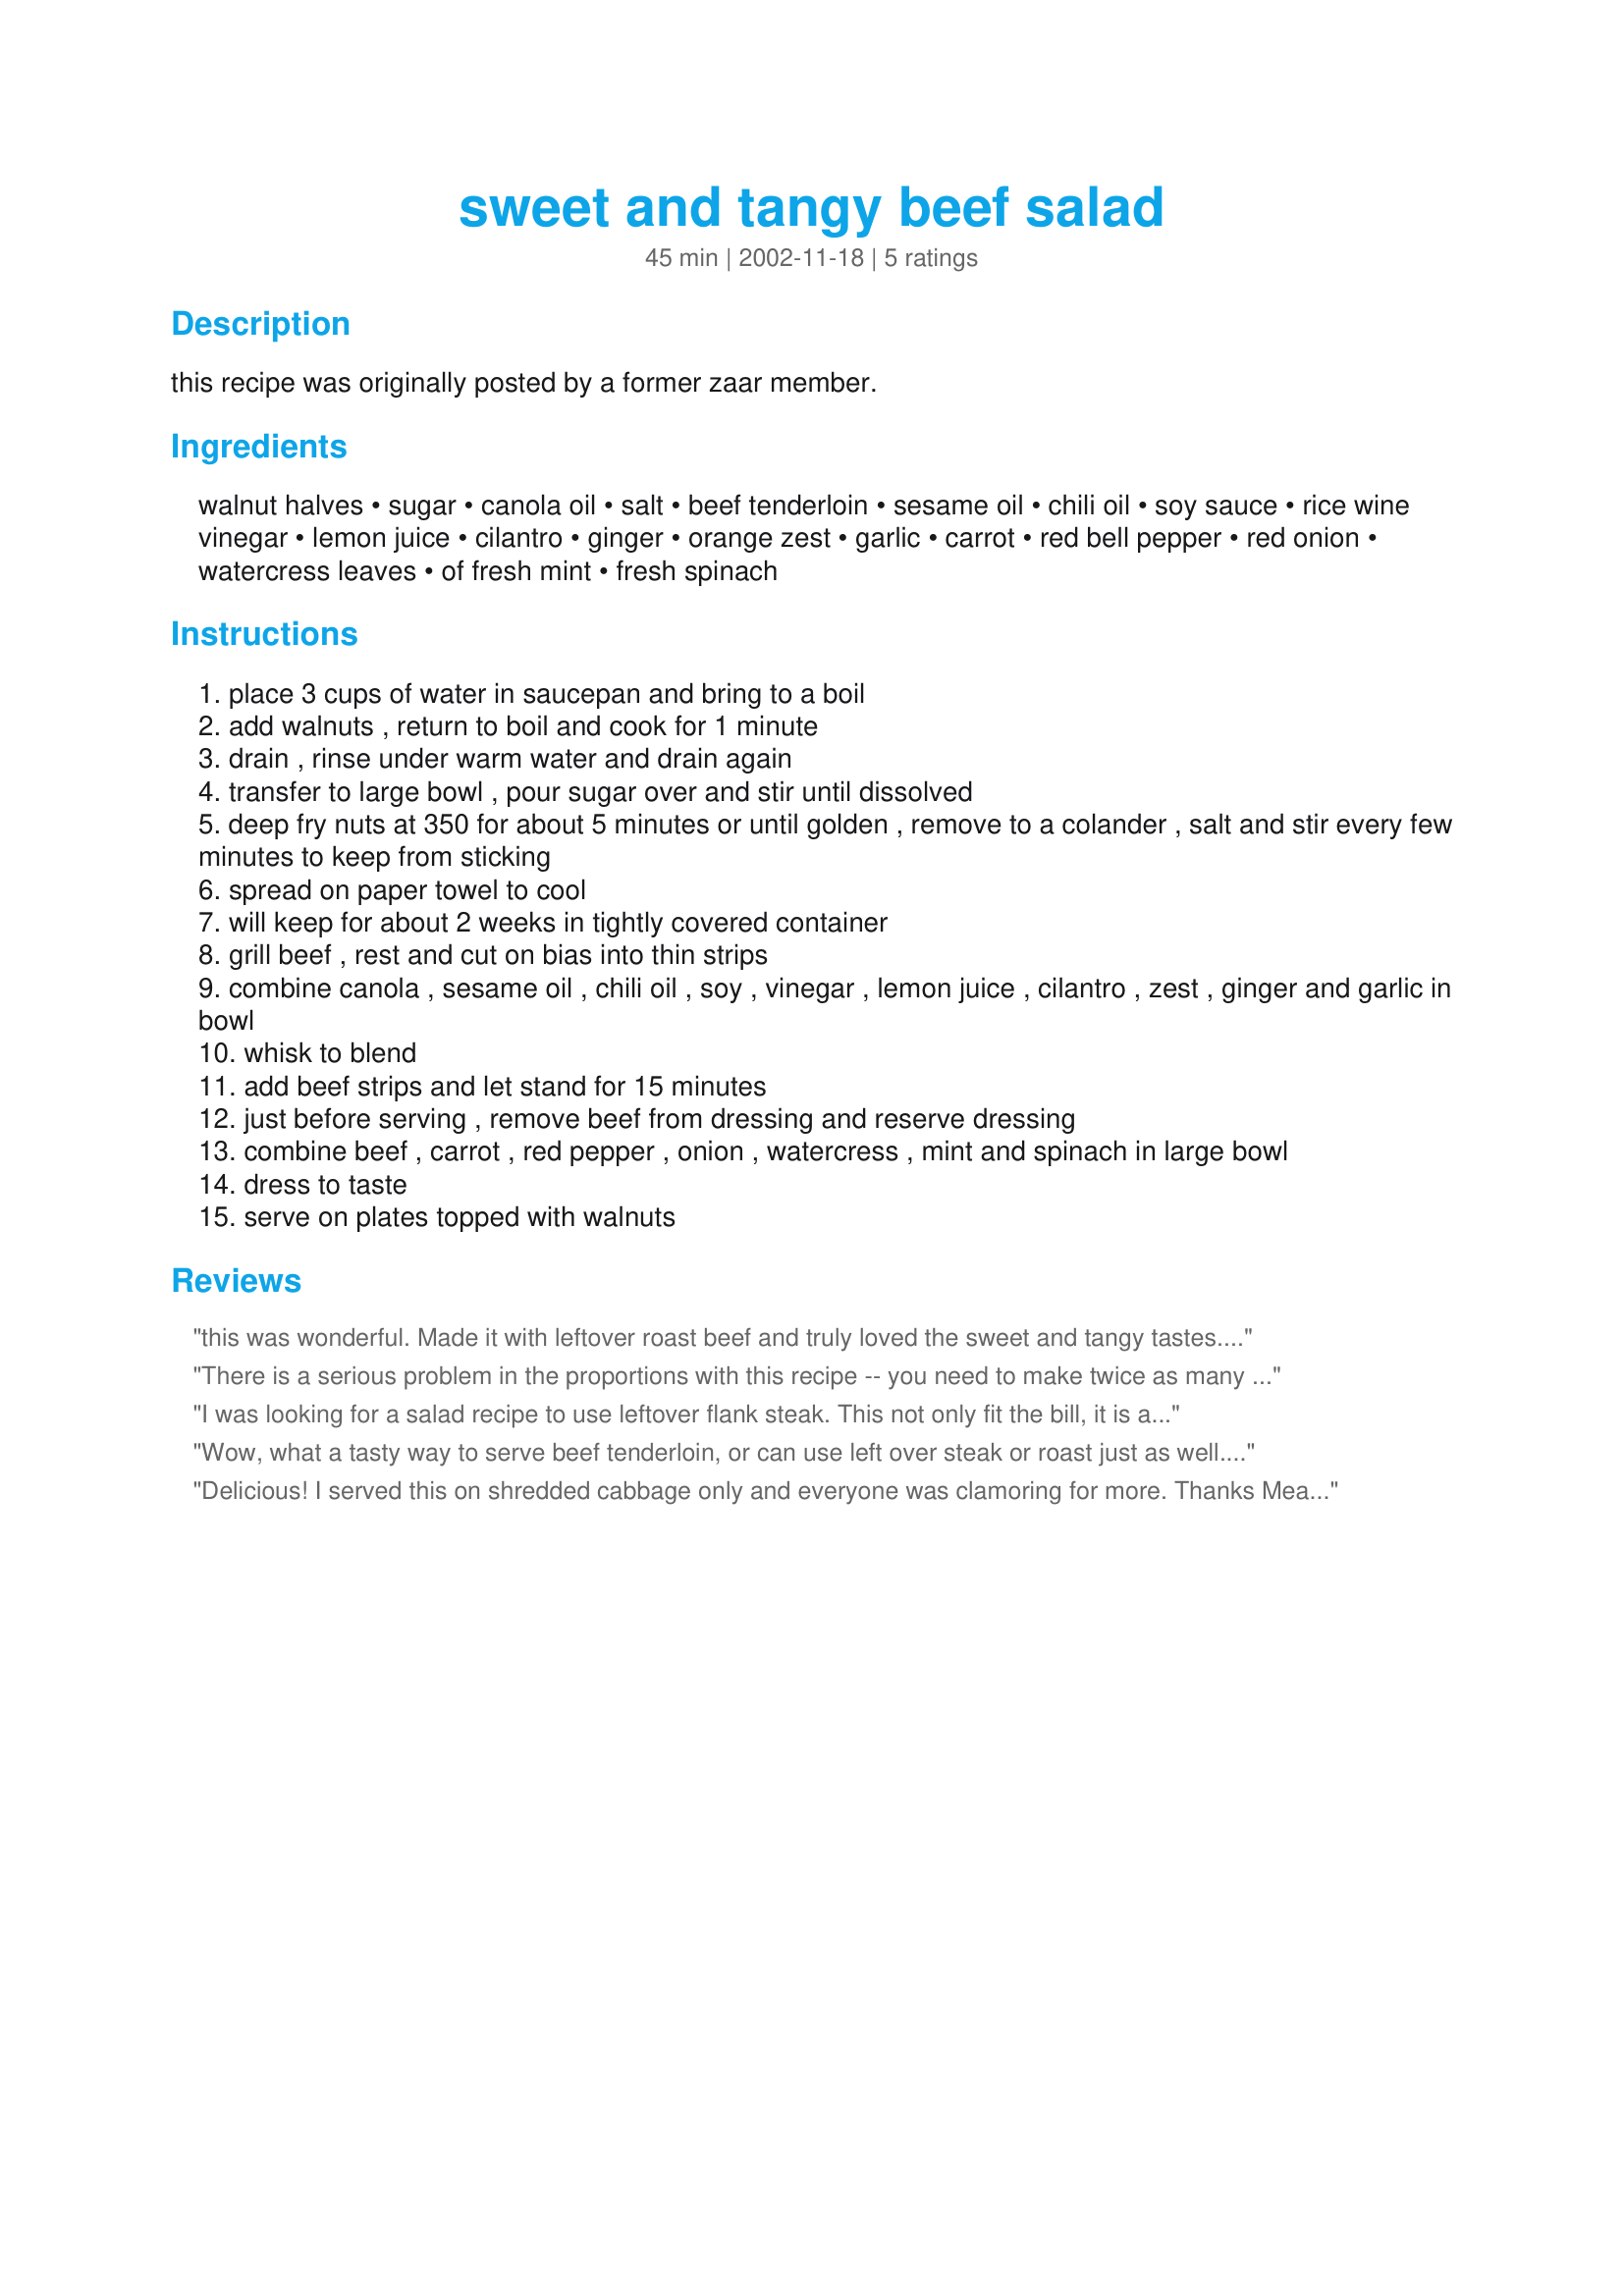
sweet and tangy beef salad
Preparation time: 45 minutes

this recipe was originally posted by a former zaar member.

Ingredients:
walnut halves, sugar, canola oil, salt, beef tenderloin, sesame oil, chili oil, soy sauce, rice wine vinegar, lemon juice, cilantro, ginger, orange zest, garlic, carrot, red bell pepper, red onion, watercress leaves, of fresh mint, fresh spinach

Steps:
place 3 cups of water in saucepan and bring to a boil
add walnuts , return to boil and cook for 1 minute
drain , rinse under warm water and drain again
transfer to large bowl , pour sugar over and stir until dissolved
deep fry nuts at 350 for about 5 minutes or until golden , remove to a colander , salt and stir every few minutes to keep from sticking
spread on paper towel to cool
will keep for about 2 weeks in tightly covered container
grill beef , rest and cut on bias into thin strips
combine canola , sesame oil , chili oil , soy , vinegar , lemon juice , cilantro , zest , ginger and garlic in bowl
whisk to blend
add beef strips and let stand for 15 minutes
just before serving , remove beef from dressing and reserve dressing
combine beef , carrot , red pepper , onion , watercress , mint and spinach in large bowl
dress to taste
serve on plates topped with walnuts

Reviews:
this was wonderful. Made it with leftover roast beef and truly loved the sweet and tangy tastes..not your every day beef salad :)
There is a serious problem in the proportions with this recipe -- you need to make twice as many walnuts as directed!!! Otherwise --as soon as you sample one you will find half of them gone before the salad is finished.
This is truly a delicious blend of flavors and textures, and is as beautiful as it is delectable.
Ginny's tip about the time on the walnuts is well-taken. Mine were also done quickly -- in about 2 minutes.
I was looking for a salad recipe to use leftover flank steak. This not only fit the bill, it is a really nice departure from the usual salad! Watch the walnuts in the oil carefully; mine were golden in less than a minute at 350. I halved the recipe and they were two *very* generous portions. This salad is very pretty and tastes as good as it looks! (And only one change to make it gluten-free: I used San-J Wheat-Free Tamari Soy Sauce) Thanks Mean Chef!
Wow, what a tasty way to serve beef tenderloin, or can use left over steak or roast just as well. The sweet and savory walnuts were especially nice touch, and as mentioned before, they only take less than a minute to turn amber. I made more dressing as that is what really makes this salad, it can easily be doubled or tripled. I did leave canola oil out though, and added 2 tbs sugar. Also, I would leave the beef to marinade in the dressing over night, if possible. It gets even better. After all these alterations this truly was a 5 star recipe, for us.
Delicious! I served this on shredded cabbage only and everyone was clamoring for more. Thanks Mean Chef
